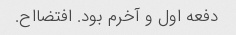
دفعه اول و آخرم بود. افتضااح.